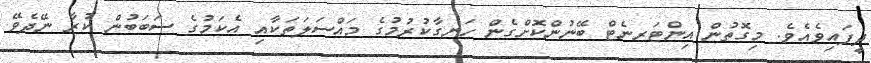
ދީފައިވެއެވެ. މިގޮތުން އިންޓަރނެޓް ބޭނުންކޮށްގެން ހަނގާކުރުމުގެ މައްސަލަތަކާއި އެކަމުގެ ސަބަބުން ކުރާ ނޭދެވޭ